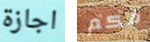
اجازة فكم